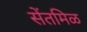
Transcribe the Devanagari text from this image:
सेंतमिळ